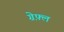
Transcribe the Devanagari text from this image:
ग्रेफ़्ल